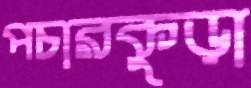
পচারকুড়া